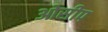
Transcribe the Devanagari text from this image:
ओसीप